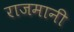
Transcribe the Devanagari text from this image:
राजमानी